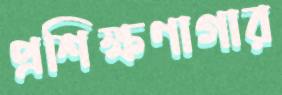
প্রশিক্ষণাগার